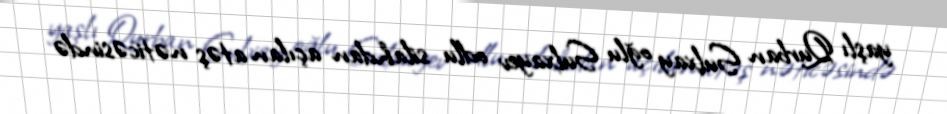
yaşlı Qurban Sulxay oğlu Sulxayev odlu silahdan açılan atəş nəticəsində